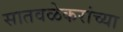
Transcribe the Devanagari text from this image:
सातवळेकरांच्या